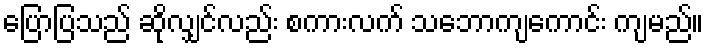
ပြောပြသည် ဆိုလျှင်လည်း စကားလက် သဘောကျကောင်း ကျမည်။